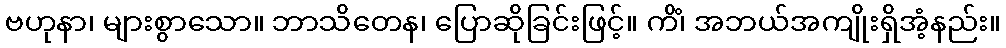
ဗဟုနာ၊ များစွာသော။ ဘာသိတေန၊ ပြောဆိုခြင်းဖြင့်။ ကိံ၊ အဘယ်အကျိုးရှိအံ့နည်း။